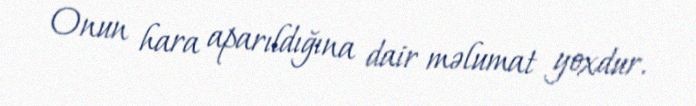
Onun hara aparıldığına dair məlumat yoxdur.